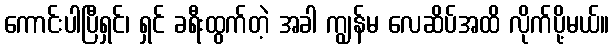
ကောင်းပါပြီရှင်၊ ရှင် ခရီးထွက်တဲ့ အခါ ကျွန်မ လေဆိပ်အထိ လိုက်ပို့မယ်။